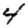
Digit: 4